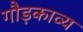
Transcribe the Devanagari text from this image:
गौड़काव्य